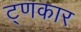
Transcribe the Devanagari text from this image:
ट्णकार